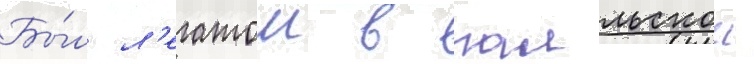
Бы́л л'егатом в галльскои